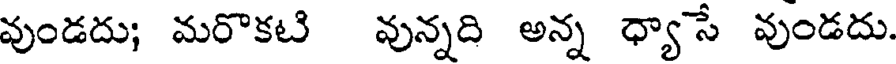
వుండదు; మరొకటి వున్నది అన్న ధ్యాసే వుండదు.